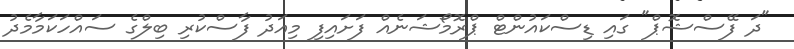
"ދަ ފޭސްޝޮޕް" ގައި ޑިސްކައުންޓް ޕްރޮމޯޝަނެއް ފަށައިފި މިއަދު ފާސްކުރި ބިލްގެ ސައްހަކަމާމެދު